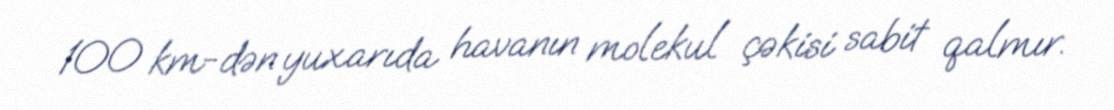
100 km-dən yuxarıda havanın molekul çəkisi sabit qalmır.